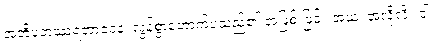
အတိပဘဿရဘာဝေန၊ လွန်စွာတောက်ပသည်၏ အဖြစ် ဖြင့်။ အယံ၊ အလိုလို။ ဝါ၊